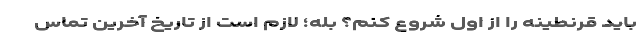
باید قرنطینه را از اول شروع کنم؟ بله؛ لازم است از تاریخ آخرین تماس